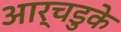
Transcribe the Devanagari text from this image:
आर्चडुके